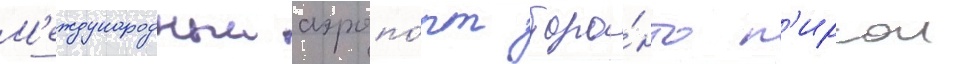
М'еждународныи аэропо́рт торо́нто п'ирсон